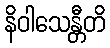
နိဝါသေန္တီတိ